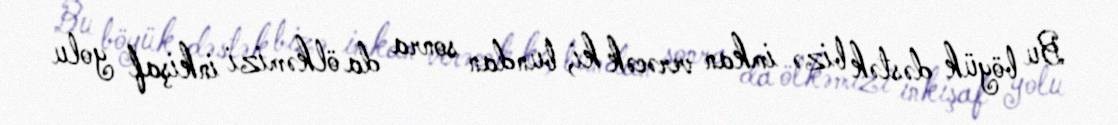
Bu böyük dəstək bizə imkan verəcək ki, bundan sonra da ölkəmizi inkişaf yolu